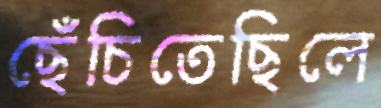
ছেঁচিতেছিলে